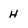
Character: H